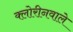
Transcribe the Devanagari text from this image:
क्लोरीनवाले